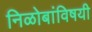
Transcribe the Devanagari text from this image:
निळोबांविषयी